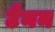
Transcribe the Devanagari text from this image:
टैनन